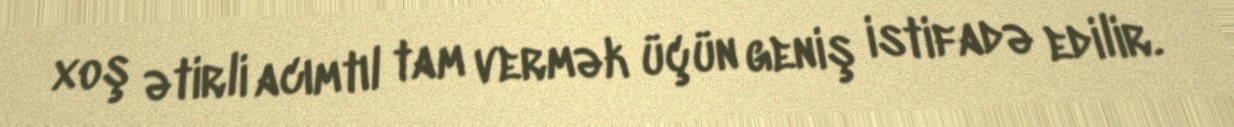
xoş ətirli acımtıl tam vermək üçün geniş istifadə edilir.